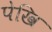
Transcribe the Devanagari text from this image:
पेखि